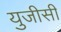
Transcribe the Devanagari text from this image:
युजीसी